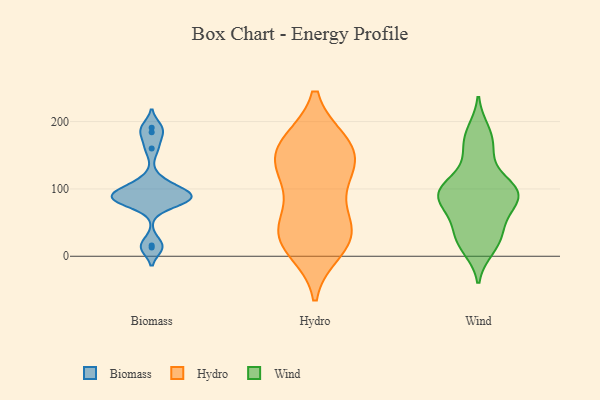
{"axis": {"x": "Demand Index", "y": "Value"}, "legend": ["Biomass", "Hydro", "Wind"], "data": [{"x": "", "y": 160, "type": "Biomass"}, {"x": "", "y": 86, "type": "Biomass"}, {"x": "", "y": 84, "type": "Biomass"}, {"x": "", "y": 191, "type": "Biomass"}, {"x": "", "y": 79, "type": "Biomass"}, {"x": "", "y": 85, "type": "Biomass"}, {"x": "", "y": 99, "type": "Biomass"}, {"x": "", "y": 16, "type": "Biomass"}, {"x": "", "y": 92, "type": "Biomass"}, {"x": "", "y": 113, "type": "Biomass"}, {"x": "", "y": 85, "type": "Biomass"}, {"x": "", "y": 98, "type": "Biomass"}, {"x": "", "y": 13, "type": "Biomass"}, {"x": "", "y": 184, "type": "Biomass"}, {"x": "", "y": 124, "type": "Hydro"}, {"x": "", "y": 164, "type": "Hydro"}, {"x": "", "y": 23, "type": "Hydro"}, {"x": "", "y": 25, "type": "Hydro"}, {"x": "", "y": 169, "type": "Hydro"}, {"x": "", "y": 169, "type": "Hydro"}, {"x": "", "y": 49, "type": "Hydro"}, {"x": "", "y": 10, "type": "Hydro"}, {"x": "", "y": 70, "type": "Hydro"}, {"x": "", "y": 164, "type": "Hydro"}, {"x": "", "y": 127, "type": "Hydro"}, {"x": "", "y": 34, "type": "Hydro"}, {"x": "", "y": 118, "type": "Hydro"}, {"x": "", "y": 140, "type": "Hydro"}, {"x": "", "y": 32, "type": "Hydro"}, {"x": "", "y": 82, "type": "Wind"}, {"x": "", "y": 110, "type": "Wind"}, {"x": "", "y": 88, "type": "Wind"}, {"x": "", "y": 186, "type": "Wind"}, {"x": "", "y": 28, "type": "Wind"}, {"x": "", "y": 160, "type": "Wind"}, {"x": "", "y": 92, "type": "Wind"}, {"x": "", "y": 45, "type": "Wind"}, {"x": "", "y": 96, "type": "Wind"}, {"x": "", "y": 28, "type": "Wind"}, {"x": "", "y": 81, "type": "Wind"}, {"x": "", "y": 53, "type": "Wind"}, {"x": "", "y": 74, "type": "Wind"}, {"x": "", "y": 105, "type": "Wind"}, {"x": "", "y": 11, "type": "Wind"}, {"x": "", "y": 98, "type": "Wind"}, {"x": "", "y": 150, "type": "Wind"}, {"x": "", "y": 179, "type": "Wind"}, {"x": "", "y": 16, "type": "Wind"}, {"x": "", "y": 101, "type": "Wind"}]}